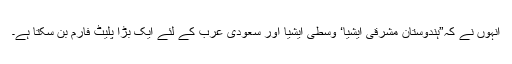
انہوں نے کہ”ہندوستان مشرقی ایشیا‘ وسطی ایشیا اور سعودی عرب کے لئے ایک بڑا پلیٹ فارم بن سکتا ہے۔